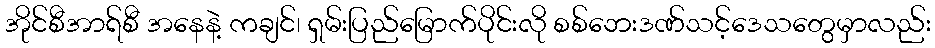
အိုင်စီအာရ်စီ အနေနဲ့ ကချင်၊ ရှမ်းပြည်မြောက်ပိုင်းလို စစ်ဘေးဒဏ်သင့်ဒေသတွေမှာလည်း